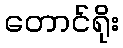
တောင်ရိုး